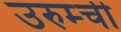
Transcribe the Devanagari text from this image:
उरुम्ची